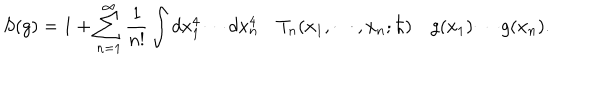
S ( g ) = 1 + \sum _ { n = 1 } ^ { \infty } \frac { 1 } { n ! } \int d x _ { 1 } ^ { 4 } \cdots d x _ { n } ^ { 4 } \quad T _ { n } ( x _ { 1 } , \cdots , x _ { n } ; \hbar ) \quad g ( x _ { 1 } ) \cdots g ( x _ { n } ) .